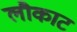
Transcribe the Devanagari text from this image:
लौकाट